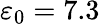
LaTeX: \varepsilon_{0}=7.3